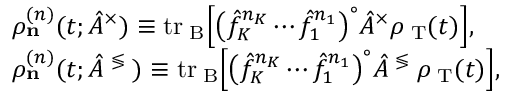
\begin{array} { r l } & { \rho _ { \bf n } ^ { ( n ) } ( t ; \hat { A } ^ { \times } ) \equiv \mathrm { t r } _ { \mathrm { \tiny ~ B } } \Big [ \big ( \hat { f } _ { K } ^ { n _ { K } } \cdots \hat { f } _ { 1 } ^ { n _ { 1 } } \big ) ^ { \circ } \hat { A } ^ { \times } \rho _ { \mathrm { \tiny ~ T } } ( t ) \Big ] , } \\ & { \rho _ { \bf n } ^ { ( n ) } ( t ; \hat { A } ^ { \mathrm { \tiny ~ \lessgtr ~ } } ) \equiv \mathrm { t r } _ { \mathrm { \tiny ~ B } } \Big [ \big ( \hat { f } _ { K } ^ { n _ { K } } \cdots \hat { f } _ { 1 } ^ { n _ { 1 } } \big ) ^ { \circ } \hat { A } ^ { \mathrm { \tiny ~ \lessgtr ~ } } \rho _ { \mathrm { \tiny ~ T } } ( t ) \Big ] , } \end{array}